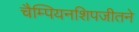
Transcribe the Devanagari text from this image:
चैम्पियनशिपजीतने